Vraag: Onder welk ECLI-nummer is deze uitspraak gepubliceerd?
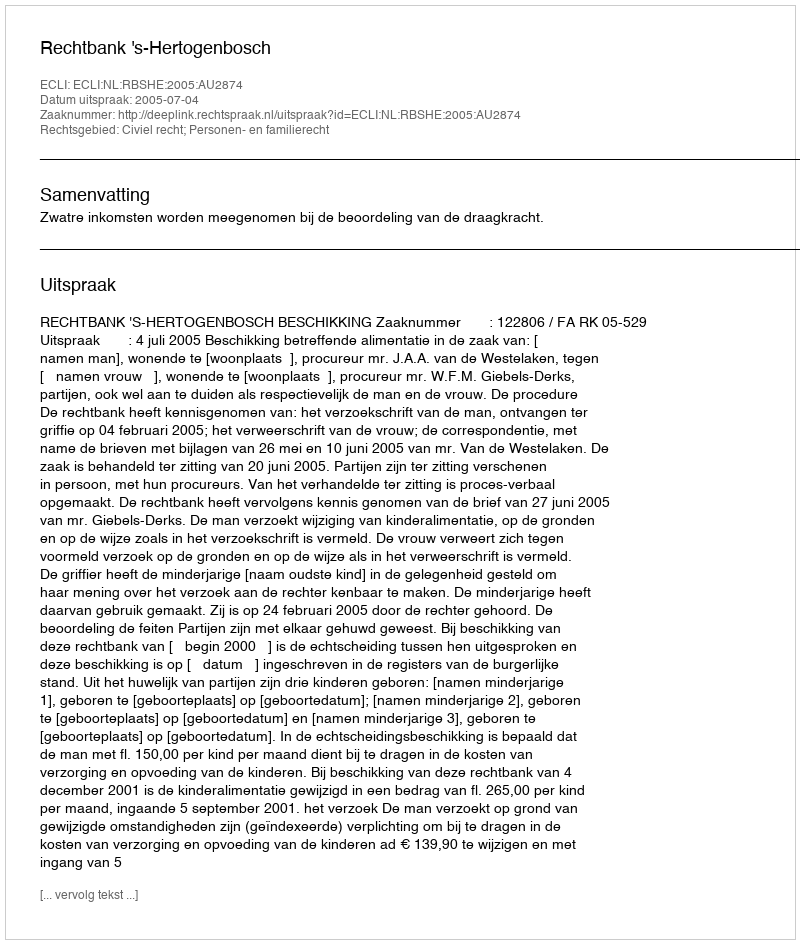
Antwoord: ECLI:NL:RBSHE:2005:AU2874